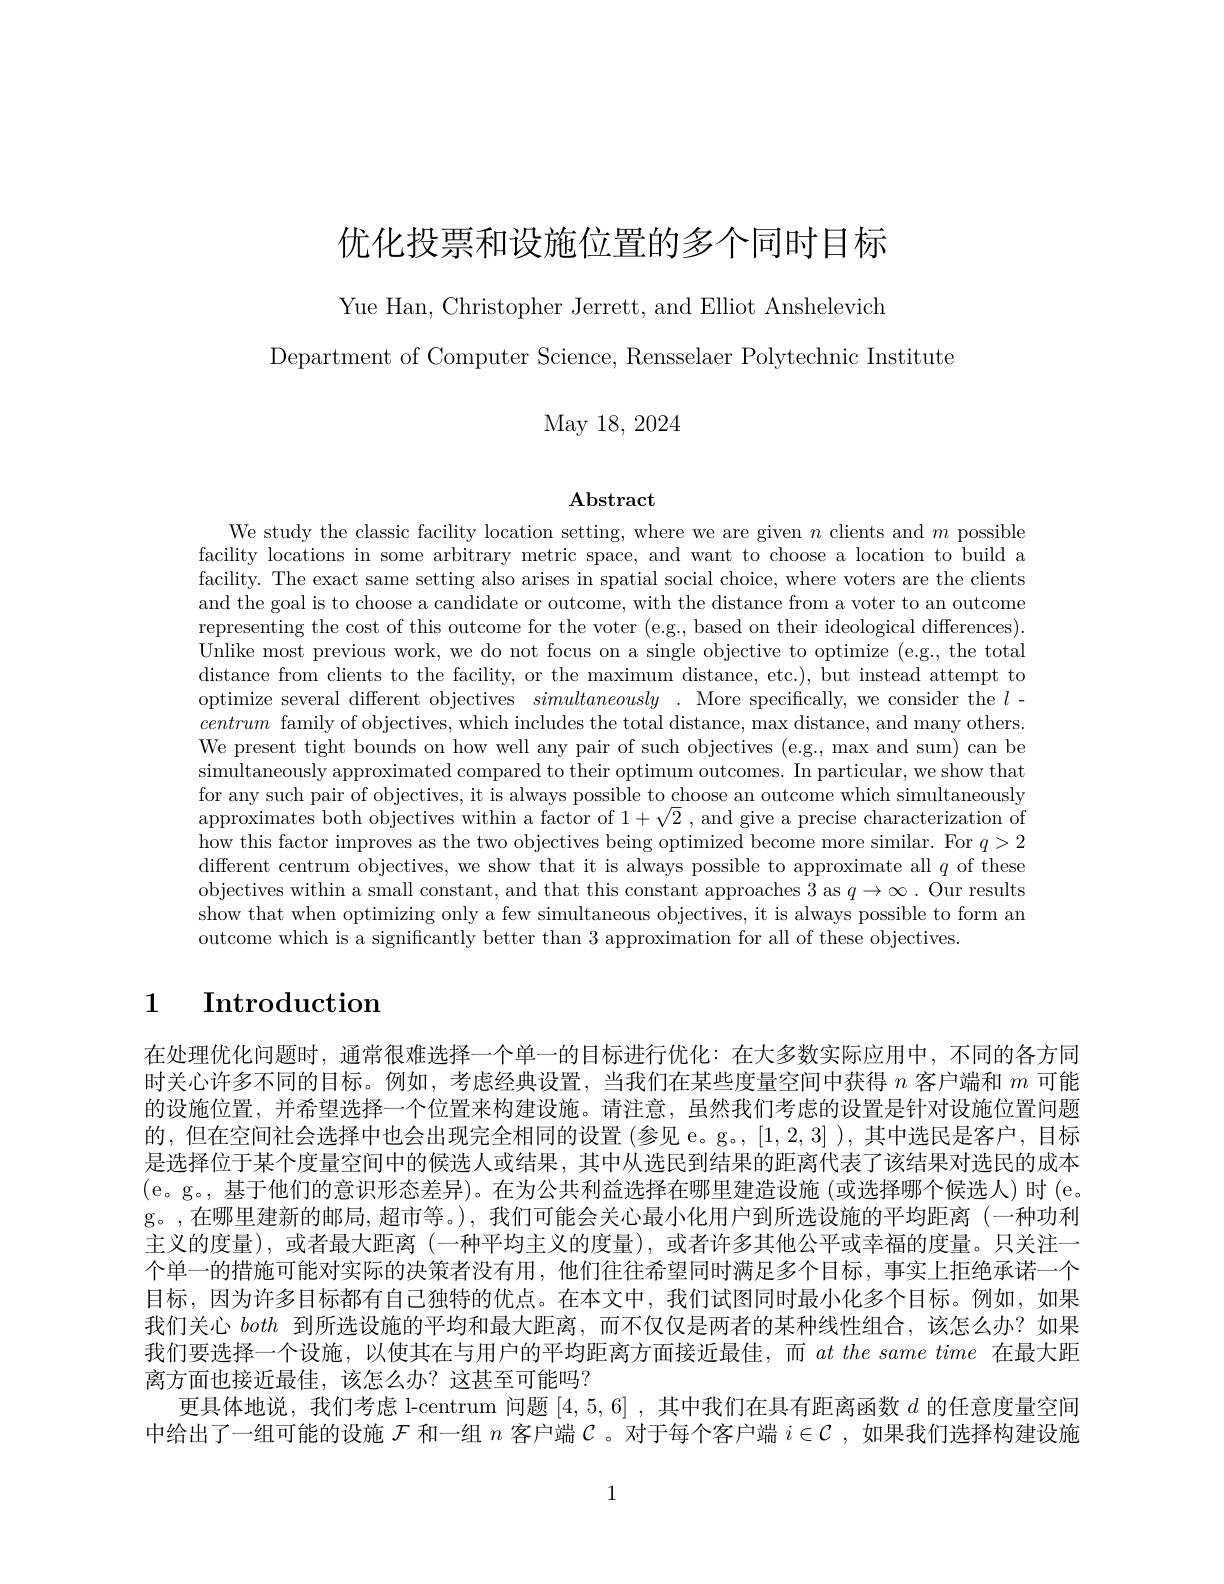
# 优化投票和设施位置的多个同时目标

Yue Han, Christopher Jerrett, and Elliot Anshelevich

Department of Computer Science, Rensselaer Polytechnic Institute

May 18, 2024

$\mathbf{Abstract}$

We study the classic facility location setting, where we are given $n$ clients and $m$ possible facility locations in some arbitrary metric space, and want to choose a location to build a facility. The exact same setting also arises in spatial social choice, where voters are the clients and the goal is to choose a candidate or outcome, with the distance from a voter to an outcome representing the cost of this outcome for the voter (e.g., based on their ideological differences). Unlike most previous work, we do not focus on a single objective to optimize (e.g., the total distance from clients to the facility, or the maximum distance, etc.), but instead attempt to optimize several different objectives simultaneously . More specifically, we consider the $l-$ centrum family of objectives, which includes the total distance, max distance, and many others. We present tight bounds on how well any pair of such objectives (e.g., max and sum) can be simultaneously approximated compared to their optimum outcomes. In particular, we show that for any such pair of objectives, it is always possible to choose an outcome which simultaneously approximates both objectives within a factor of $1+\sqrt{2}$ , and give a precise characterization of how this factor improves as the two objectives being optimized become more similar. For $q>2$ different centrum objectives, we show that it is always possible to approximate all $q$ of these objectives within a small constant, and that this constant approaches 3 as $q\to\infty.$ Our results show that when optimizing only a few simultaneous objectives, it is always possible to form an outcome which is a significantly better than 3 approximation for all of these objectives.

# 1 $\textbf{Introduction}$

在处理优化问题时，通常很难选择一个单一的目标进行优化：在大多数实际应用中，不同的各方同时关心许多不同的目标。例如，考虑经典设置，当我们在某些度量空间中获得$n$客户端和$m$可能的设施位置，并希望选择一个位置来构建设施。请注意，虽然我们考虑的设置是针对设施位置问题的，但在空间社会选择中也会出现完全相同的设置 (参见 e。g。, [1,2,3] ),其中选民是客户，目标是选择位于某个度量空间中的候选人或结果，其中从选民到结果的距离代表了该结果对选民的成本(e。g。,基于他们的意识形态差异)。在为公共利益选择在哪里建造设施 (或选择哪个候选人)时(e。g。,在哪里建新的邮局，超市等。),我们可能会关心最小化用户到所选设施的平均距离(一种功利主义的度量),或者最大距离(一种平均主义的度量),或者许多其他公平或幸福的度量。只关注一个单一的措施可能对实际的决策者没有用，他们往往希望同时满足多个目标，事实上拒绝承诺一个目标，因为许多目标都有自己独特的优点。在本文中，我们试图同时最小化多个目标。例如，如果我们关心both到所选设施的平均和最大距离，而不仅仅是两者的某种线性组合，该怎么办？如果我们要选择一个设施，以使其在与用户的平均距离方面接近最佳，而$at\textit{ the same time 在 最 大 距 }$ 离方面也接近最佳，该怎么办？这甚至可能吗？
更具体地说，我们考虑 l-centrum 问题[4,5,6] ,其中我们在具有距离函数$d$的任意度量空间中给出了一组可能的设施$\mathcal{F}$和一组$n$客户端$\mathcal{C}$。对于每个客户端$i\in\mathcal{C}$ ,如果我们选择构建设施

1